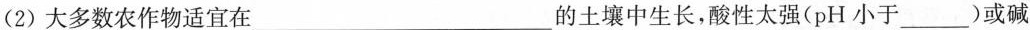
(2)大多数农作物适宜在___的土壤中生长，酸性太强(pH小于___)或碱